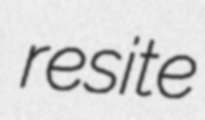
resite